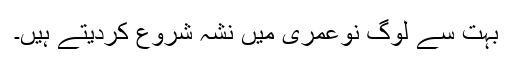
بہت سے لوگ نوعمری میں نشہ شروع کردیتے ہیں۔